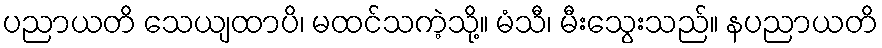
ပညာယတိ သေယျထာပိ၊ မထင်သကဲ့သို့။ မံသီ၊ မီးသွေးသည်။ နပညာယတိ